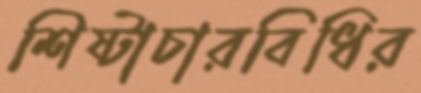
শিষ্টাচারবিধির